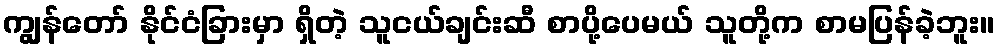
ကျွန်တော် နိုင်ငံခြားမှာ ရှိတဲ့ သူငယ်ချင်းဆီ စာပို့ပေမယ် သူတို့က စာမပြန်ခဲ့ဘူး။